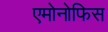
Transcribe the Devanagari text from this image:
एमोनोफिस